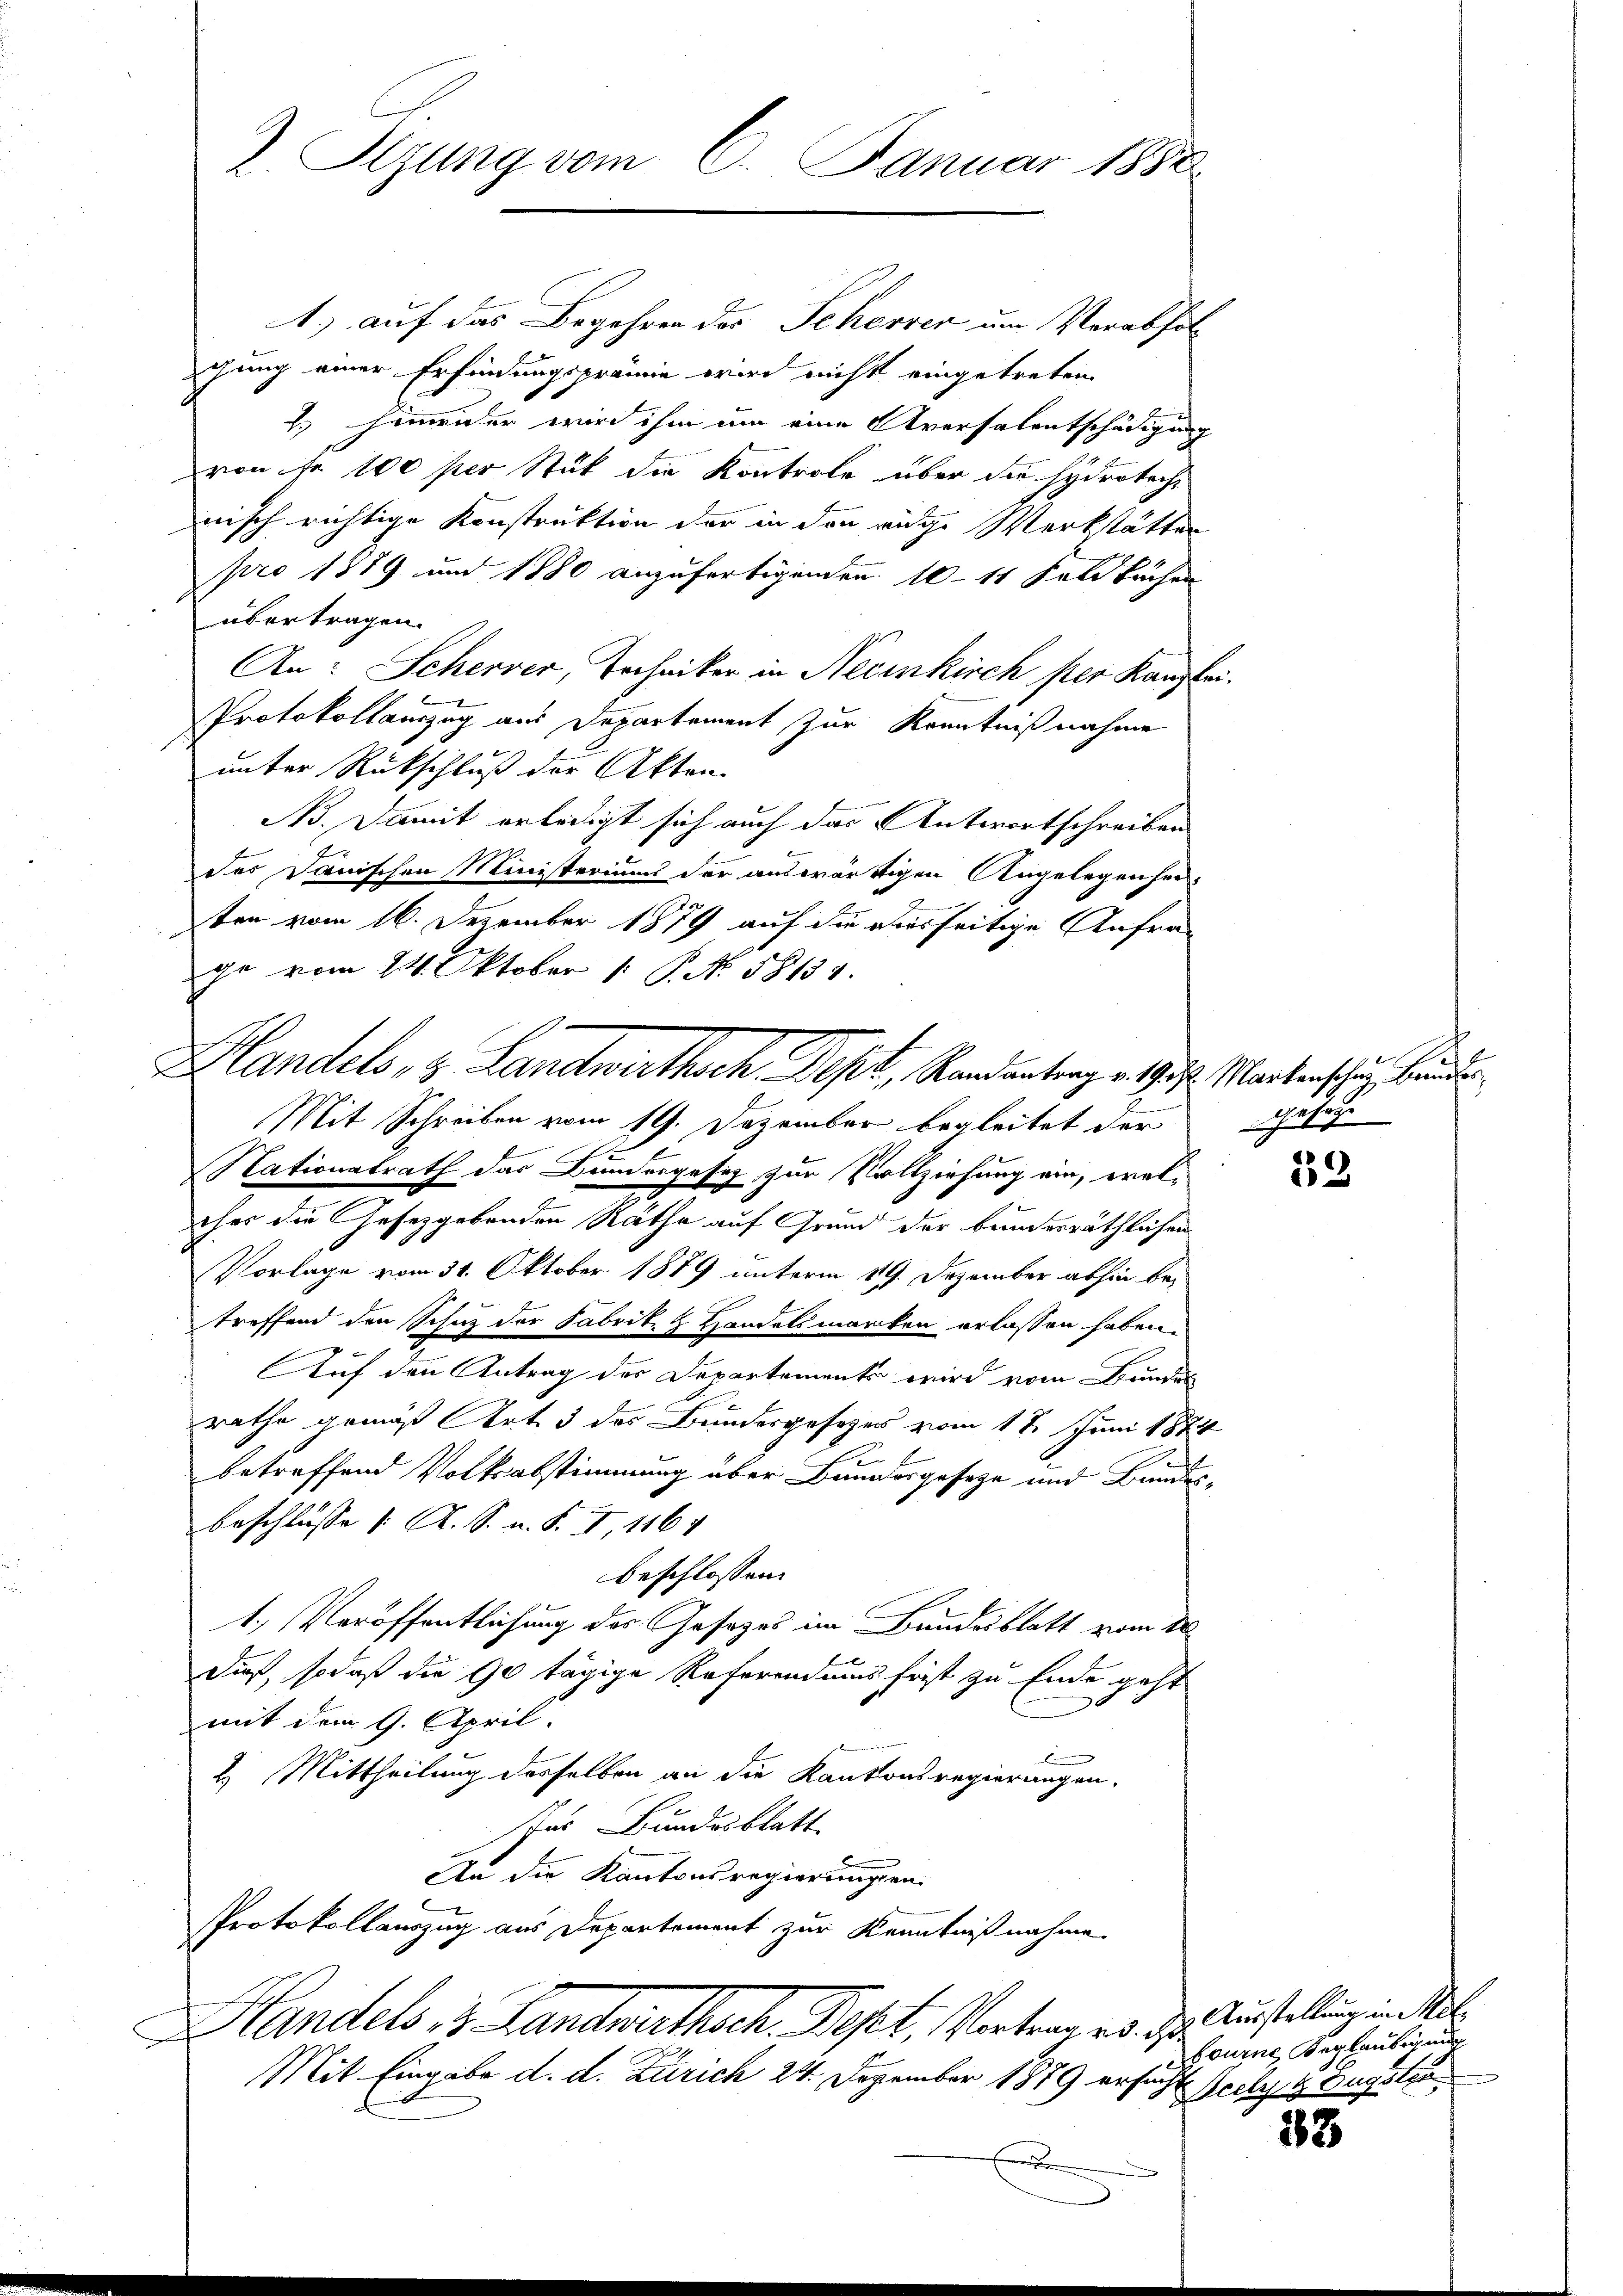
Z. Sizung vom 6. Januar 1850

1.) auf das Begehren des Scheren um Verabfolchung einer Erfindungsprämie wird nicht eingetreten
2.) Hinweider wird ihm um eine Aversalentschädigung
von je 100 per Stück die Kontrole über die Hydroteche
nisch richtige Konstruktion der in den rige Werkstätten
pro 1879 und 1880 anzufertigenden 10. 14 Feld Bächen
übertragen.
An: Scherver, Techniker in Necinkirch per Kanzlei.
Protokollamzug aus Departement zur Kenntnißnahme
unter Rückschluß der Akten.
No. Damit erledigt sich auch das Antwortschreiben
des Danischen Ministeriums der auswärtigen Angelegenhei-
ten vom 16. Dezember 1879 auf die vierseitige Anfrage vom 24. Oktober 1. P. No. 58134.
Mit Schreiben vom 19. Dezember begleitet der Gesage
Nationalrath das Bundesgesetz zur Vollziehung ein, welches die Gesetzgebenden Räthe auf Grund der bundesräthlichen
Vorlage vom 31. Oktober 1889 unterm 19. Dezember abhin be-
treffend den Schuz der Fabrike & Handelsmarken erlassen haben.
Auf den Antrag der Departemente wird vom Bundes
rathe gemäß Art. 3 des Bundesgesetzes vom 17. Juni 1874
2
betreffend Volksabstimmung über Bundesgeseze und Bundes¬
Beschlusse (: A. S. u. S. I, 1161
beschlossen:
1.) Veröffentlichung des Gesezes im Bundesblatt vom 20.
dieß, sodaß die 90 tägige Referendums frist zu Ende geht
6
mit dem 9. April.
2. Mittheilung desselben an die Kantonsregierungen.
Ins Bundesblatt
An die Kantonsregierungen
Protokollauszug aus Departement zur Kenntnißnahme.
Handels, 3 Landrathsch. Sept. Vertrages de
Mit Eingabe d. d. Zürich 24. Dezember 1879 ersuch¬

Handels, 8 Landwirthsch Dept, Randantrage 19. 4. Marterschuz kinden

x

52

Ausstellung in Mitbrurne Beglaubigung
Peely H. Eugster

13